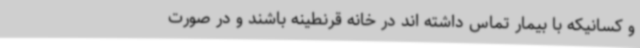
و کسانیکه با بیمار تماس داشته اند در خانه قرنطینه باشند و در صورت